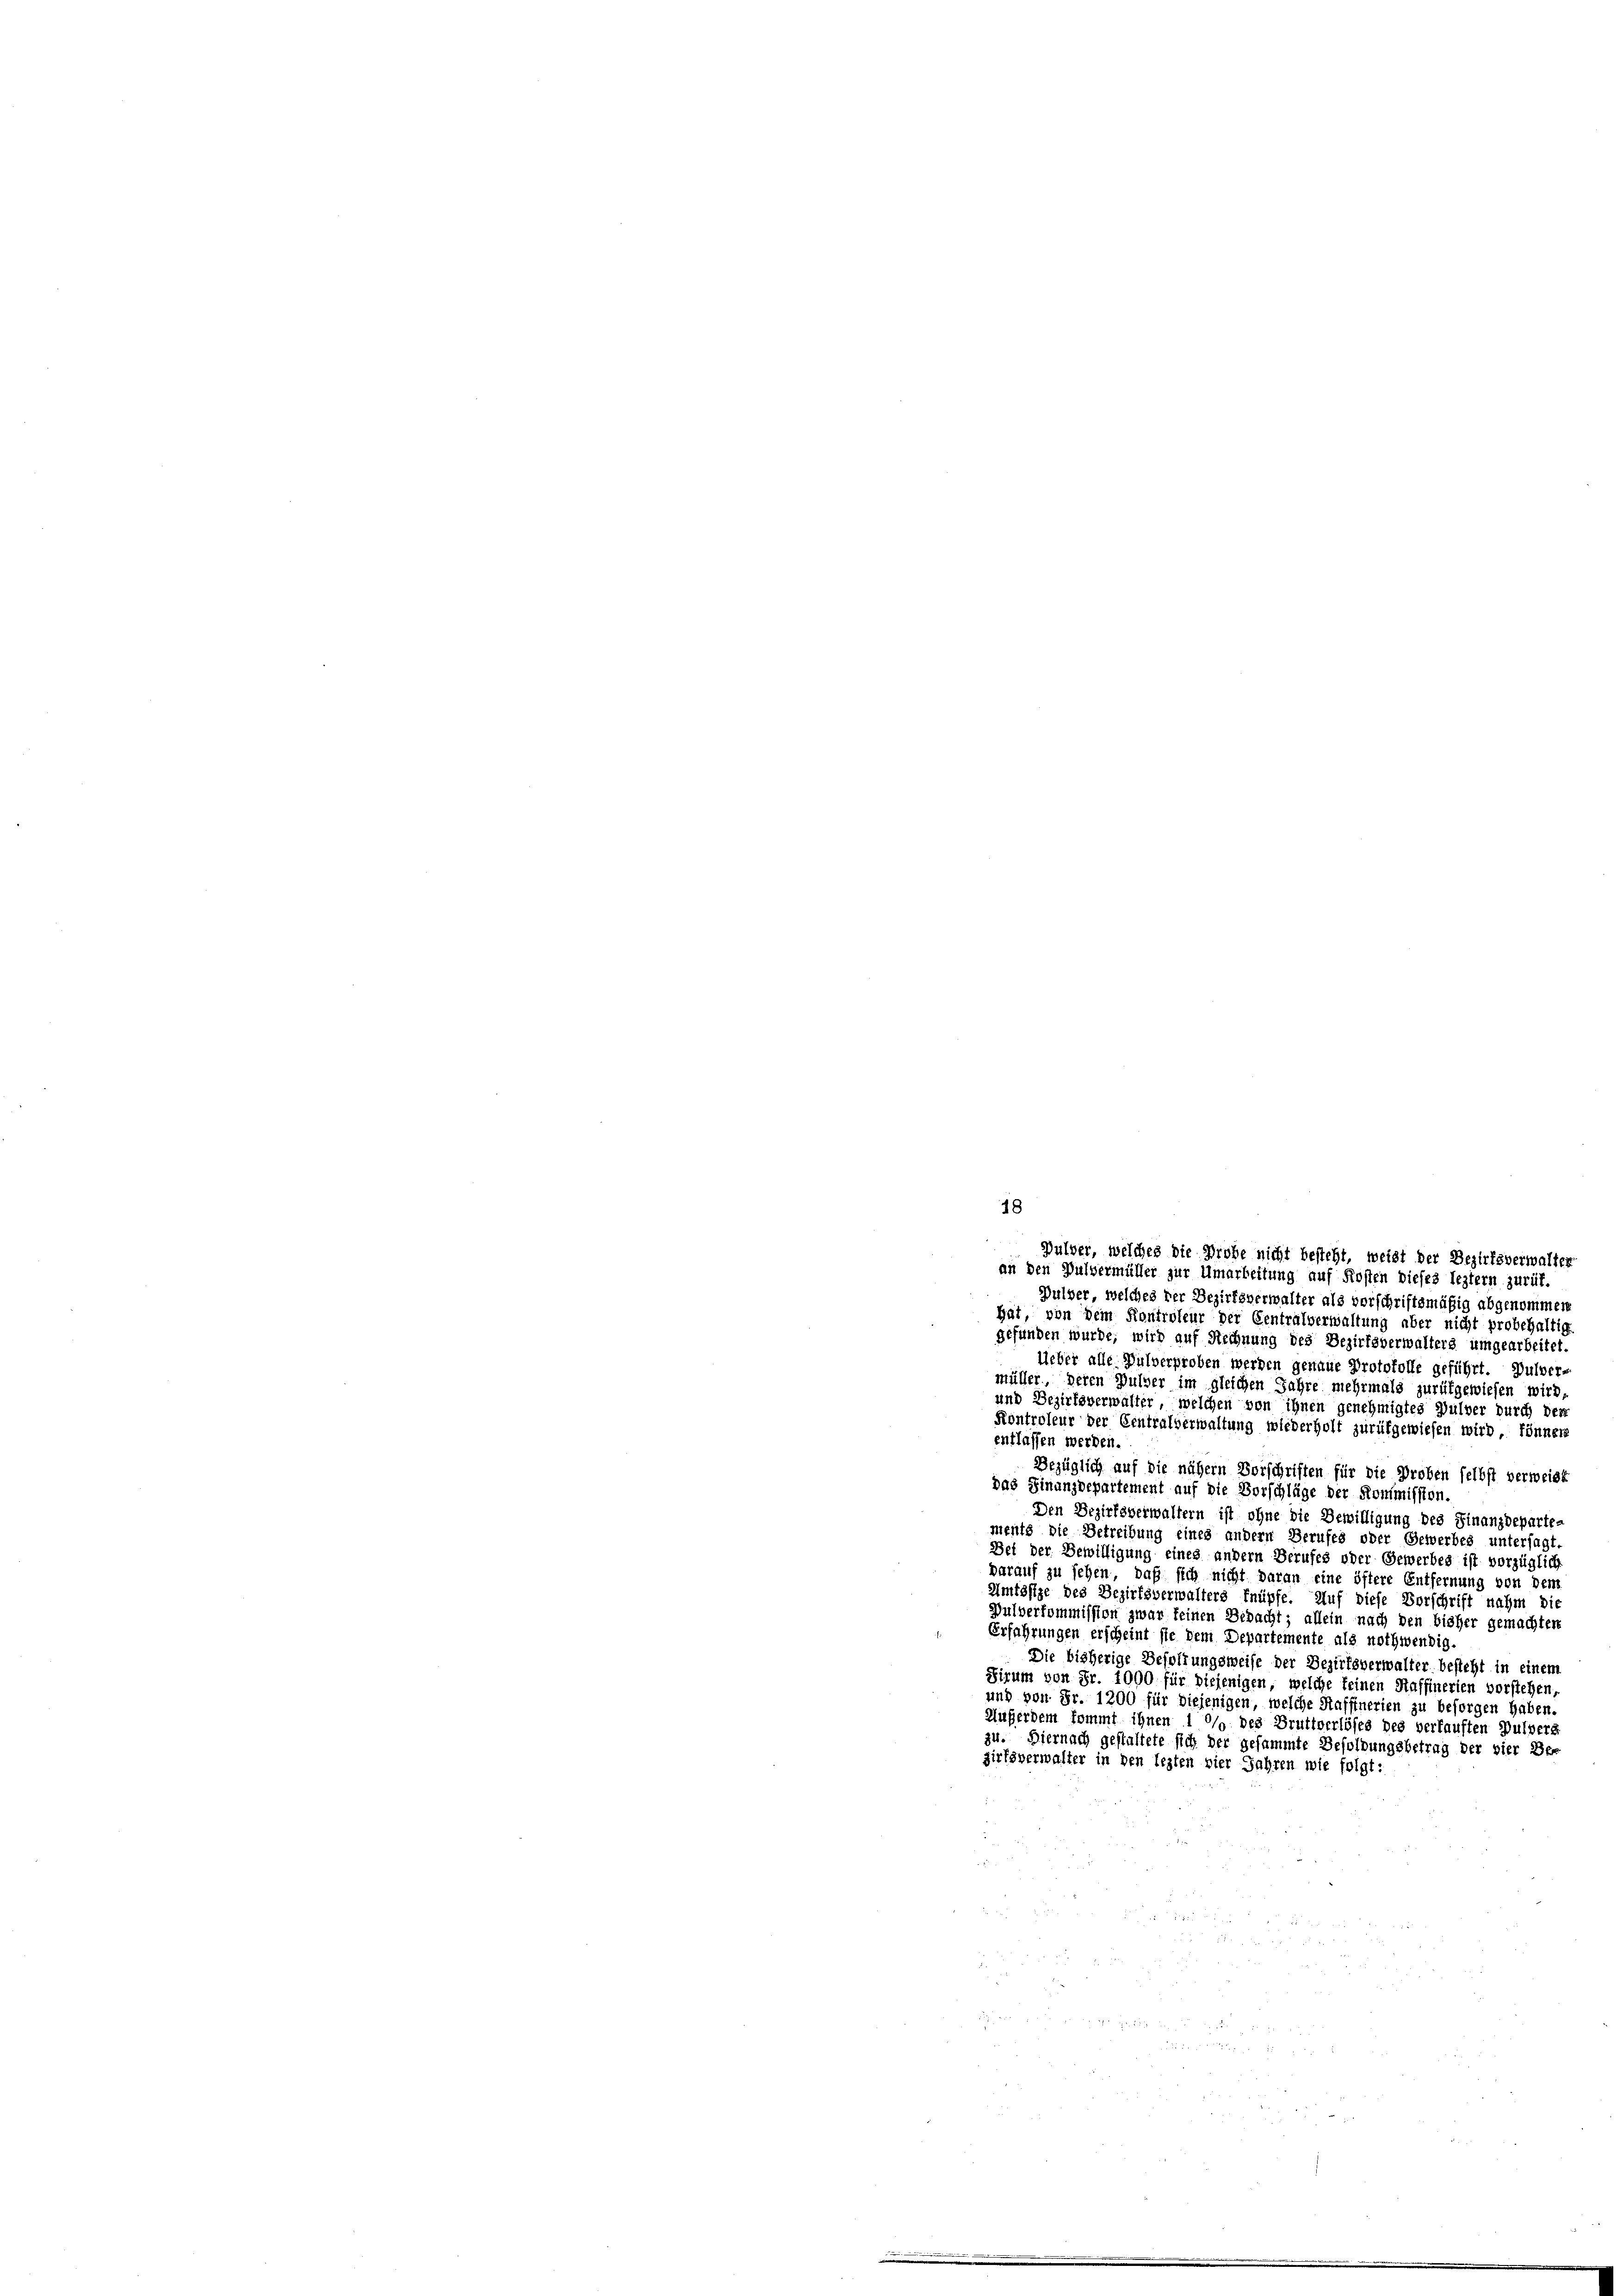
18
 Pulver, welches die Probe nicht besteht, weist der Bezirksverwalter
an den Pulvermüller zur Umarbeitung auf Kosten dieses leztern zurük.

Pulver, welches der Bezirksverwalter als vorschriftsmäßig abgenommen
hat, von dem Kontroleur der Centralverwaltung aber nicht probehaltig
gefunden wurde, wird auf Rechnung des Bezirksverwalters umgearbeitet.
Ueber alle Pulverproben werden genaue Protokolle geführt. Dulver-
müller, deren Pulver im gleichen Jahre mehrmals zurükgewiesen wird,
und Bezirksverwalter, welchen von ihnen genehmigtes Gulver durch den
Kontroleur der Centralverwaltung wiederholt zurükgewiesen wird, könner
entlassen werden.
Bezüglich auf die nähern Vorschriften für die Proben selbst verweist
das Finanzdepartement auf die Vorschläge der Kommission.
Den Bezirksverwaltern ist ohne die Bewilligung des Finanzdeparte-
ments die Betreibung eines andern Berufes oder Gewerbes untersagt.
Bei der Bewilligung eines andern Berufes oder Gewerbes ist vorzüglich
Darauf zu sehen, daß sich nicht daran eine öftere Entfernung von dem
Amtssige des Bezirksverwalters knüpfe. Auf diese Vorschrift nahm die
Pulverkommission zwar keinen Bedacht; allein nach den bisher gemachten
Erfahrungen erscheint sie dem Departemente als nothwendig
Die bisherige Besoldungsweise der Bezirksverwalter besteht in einem
Sirum von Fr. 1090 für diejenigen, welche keinen Haffinerien vorstehen,
und von Fr. 1200 für diejenigen, welche Raffinerien zu besorgen haben.
Außerdem kommt ihnen 10% des Bruttverlöses des verkauften Pulvers
zu. Diernach gestaltete sich der gesammte Besoldungsbetrag der vier Be-
zirksverwalter in den lezten vier Jahren wie folgt:
2